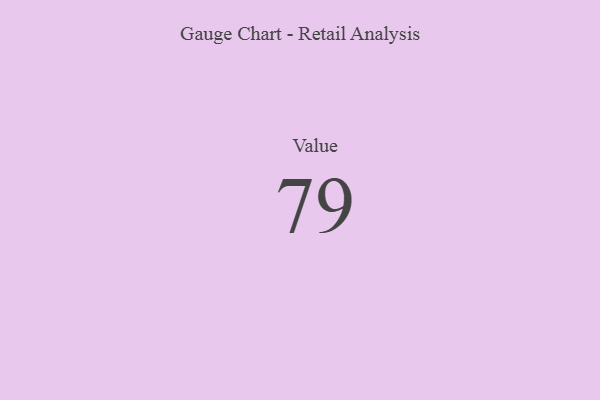
{"axis": {"x": "Metric", "y": "Value"}, "legend": [""], "data": [{"x": "Value", "y": 79, "type": ""}]}